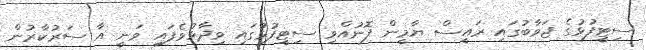
ސިޓީފުޅުގެ ޖަވާބުގައި ރައީސް ޔާމީން ފޮނުއްވި ސިޓީފުޅުގައި ވިދާޅުވެފައި ވަނީ އާ ސަރުކާރުން